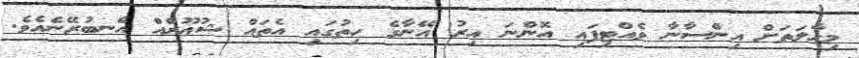
މިޙާލަތަށް އިންސާނާ ވެއްްޓިފައި އޮންނަ އިރު އޭނާގެ ހިތުގައި އެތައް ޝުޢޫރެއް އެނބުރޭނެއެވެ.